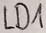
Text: LD1